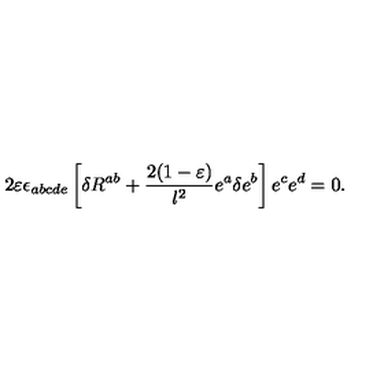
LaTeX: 2 \varepsilon \epsilon _ { a b c d e } \left[ \delta R ^ { a b } + { \frac { 2 ( 1 - \varepsilon ) } { l ^ { 2 } } } e ^ { a } \delta e ^ { b } \right] e ^ { c } e ^ { d } = 0 .